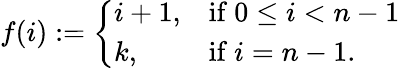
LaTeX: f(i):={\left\{ \begin{array}{ll}{i+1,}&{{\mathrm{if~}}0\leq i<n-1}\\ {k,}&{{\mathrm{if~}}i=n-1.}\end{array}\right.}